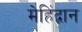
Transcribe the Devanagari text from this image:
मेहिंद्वान